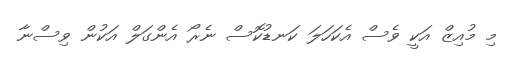
މި މުއިޒް އަކީ ވެސް އެކަހަލަ ކަނޑުކޮސް ނެރޯ އެންގަލް އަކުން ވިސްނާ